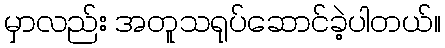
မှာလည်း အတူသရုပ်ဆောင်ခဲ့ပါတယ်။